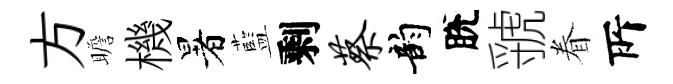
方瞻機暑藍剩蔡韵脫虢眷𠩄